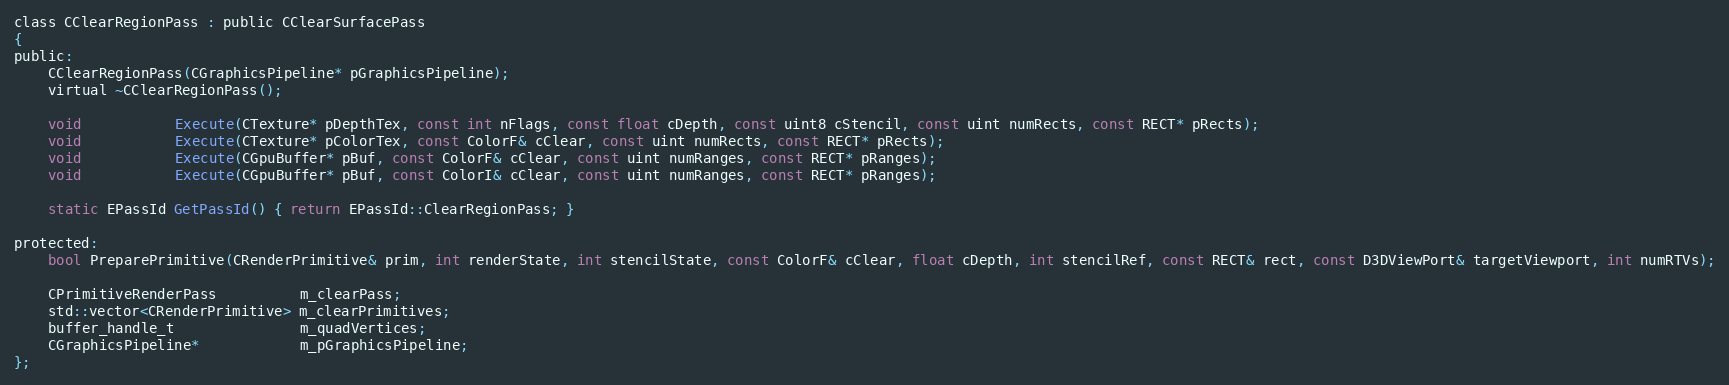
Language: C
class CClearRegionPass : public CClearSurfacePass
{
public:
	CClearRegionPass(CGraphicsPipeline* pGraphicsPipeline);
	virtual ~CClearRegionPass();

	void           Execute(CTexture* pDepthTex, const int nFlags, const float cDepth, const uint8 cStencil, const uint numRects, const RECT* pRects);
	void           Execute(CTexture* pColorTex, const ColorF& cClear, const uint numRects, const RECT* pRects);
	void           Execute(CGpuBuffer* pBuf, const ColorF& cClear, const uint numRanges, const RECT* pRanges);
	void           Execute(CGpuBuffer* pBuf, const ColorI& cClear, const uint numRanges, const RECT* pRanges);

	static EPassId GetPassId() { return EPassId::ClearRegionPass; }

protected:
	bool PreparePrimitive(CRenderPrimitive& prim, int renderState, int stencilState, const ColorF& cClear, float cDepth, int stencilRef, const RECT& rect, const D3DViewPort& targetViewport, int numRTVs);

	CPrimitiveRenderPass          m_clearPass;
	std::vector<CRenderPrimitive> m_clearPrimitives;
	buffer_handle_t               m_quadVertices;
	CGraphicsPipeline*            m_pGraphicsPipeline;
};